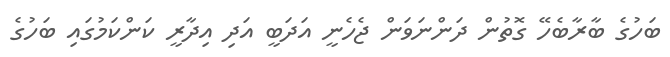
ބަހުގެ ބާރާބެހޭ ގޮތުން ދަންނަވަން ޖެހެނީ އަދަބީ އަދި އިދާރީ ކަންކަމުގައި ބަހުގެ